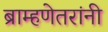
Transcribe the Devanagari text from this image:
ब्राम्हणेतरांनी